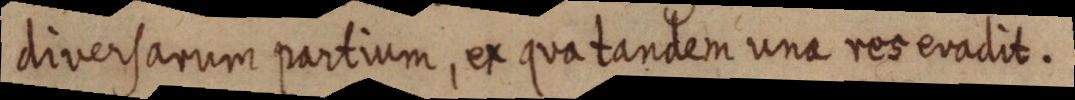
diversarum partium, ex qua tandem una res evadit.